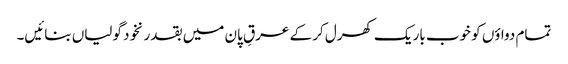
تمام دواؤں کو خوب باریک کھرل کر کے عرقِ پان میں بقدر نخود گولیاں بنائیں۔